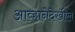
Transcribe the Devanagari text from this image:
आव्हानेदेखील